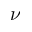
\nu